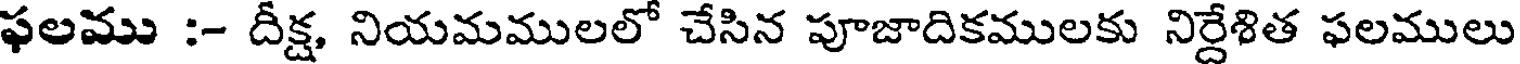
ఫలము :- దీక్ష, నియమములలో చేసిన పూజాదికములకు నిర్దేశిత ఫలములు